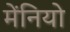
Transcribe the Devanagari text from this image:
मेंनियो